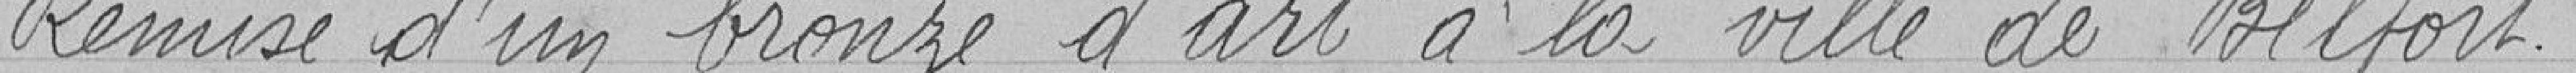
Remise d'un bronze d'art à la ville de Belfort.